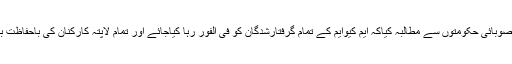
سید امین الحق نے وفاقی وصوبائی حکومتوں سے مطالبہ کیاکہ ایم کیوایم کے تمام گرفتارشدگان کو فی الفور رہا کیاجائے اور تمام لاپتہ کارکنان کی باحفاظت بازیابی کو یقینی بنایاجائے۔